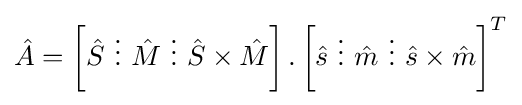
{\hat {A}}=\left[{\hat {S}}~\vdots ~{\hat {M}}~\vdots ~{\hat {S}}\times {\hat {M}}\right].\left[{\hat {s}}~\vdots ~{\hat {m}}~\vdots ~{\hat {s}}\times {\hat {m}}\right]^{T}